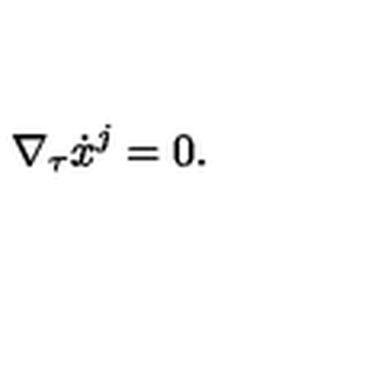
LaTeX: \nabla _ { \tau } \dot { x } ^ { j } = 0 .